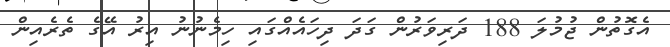
އެގޮތުން ޖުމުލަ 188 ދަރިވަރުން ގަދަ ދިހައެއްގައި ހިމެނުނު އިރު އޭގެ ތެރެއިން